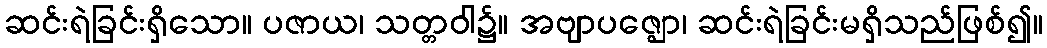
ဆင်းရဲခြင်းရှိသော။ ပဇာယ၊ သတ္တဝါ၌။ အဗျာပဇ္ဈော၊ ဆင်းရဲခြင်းမရှိသည်ဖြစ်၍။